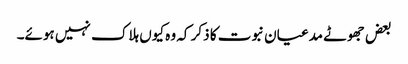
بعض جھوٹے مدعیان نبوت کا ذکر کہ وہ کیوں ہلاک نہیں ہوئے۔